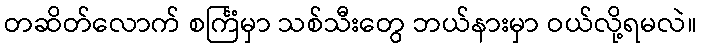
တဆိတ်လောက် စင်္ကြံမှာ သစ်သီးတွေ ဘယ်နားမှာ ဝယ်လို့ရမလဲ။